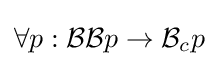
\forall p:{\mathcal {BB}}p\to {\mathcal {B}}_{c}p